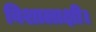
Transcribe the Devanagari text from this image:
विशालाक्षी।